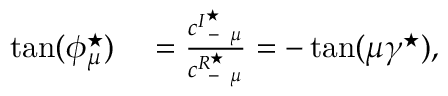
\begin{array} { r l } { \tan ( \phi _ { \mu } ^ { \star } ) } & { { } = \frac { c _ { \mathrm { ~ - ~ } \mu } ^ { I ^ { \star } } } { c _ { \mathrm { ~ - ~ } \mu } ^ { R ^ { \star } } } = - \tan ( \mu \gamma ^ { \star } ) , } \end{array}